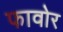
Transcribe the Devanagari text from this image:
फावोर